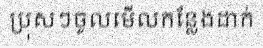
ប្រុសៗចូលមើលកន្លែងដាក់